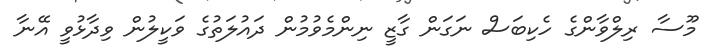
މޫސާ ރިލްވާންގެ ހެކިބަސް ނަގަން ގާޒީ ނިންމެވުމުން ދައުލަތުގެ ވަކީލުން ވިދާޅުވީ އޭނާ